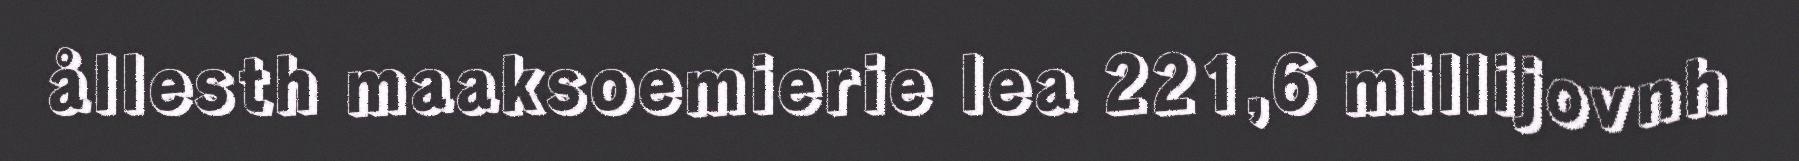
ållesth maaksoemierie lea 221,6 millijovnh